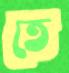
তে